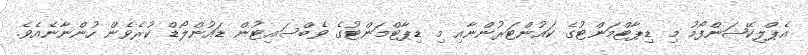
އެޕްލިކޭޝަންފޯމު މި ޑިޕާޓްމަންޓުގެ ކައުންޓަރުންނާއި މި ޑިޕާޓްމަންޓުގެ ވެބްސައިޓުން ޑައުންލޯޑް ކުރެވެން ހުންނާނެއެވެ.